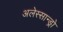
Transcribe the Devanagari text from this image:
अलेस्सान्ड्रो